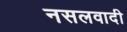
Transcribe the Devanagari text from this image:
नसलवादी